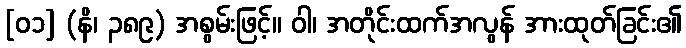
[၀၁] (နိ၊ ၃၈၉) အစွမ်းဖြင့်။ ဝါ၊ အတိုင်းထက်အလွန် အားထုတ်ခြင်း၏